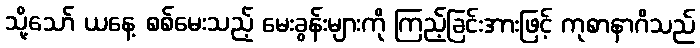
သို့သော် ယနေ့ စစ်မေးသည့် မေးခွန်းများကို ကြည့်ခြင်းအားဖြင့် ကုစာနာဂိသည်